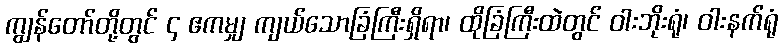
ကျွန်တော်တို့တွင် ၄ ဧကမျှ ကျယ်သောခြံကြီးရှိရာ၊ ထိုခြံကြီးထဲတွင် ဝါးဘိုးရုံ၊ ဝါးနက်ရုံ